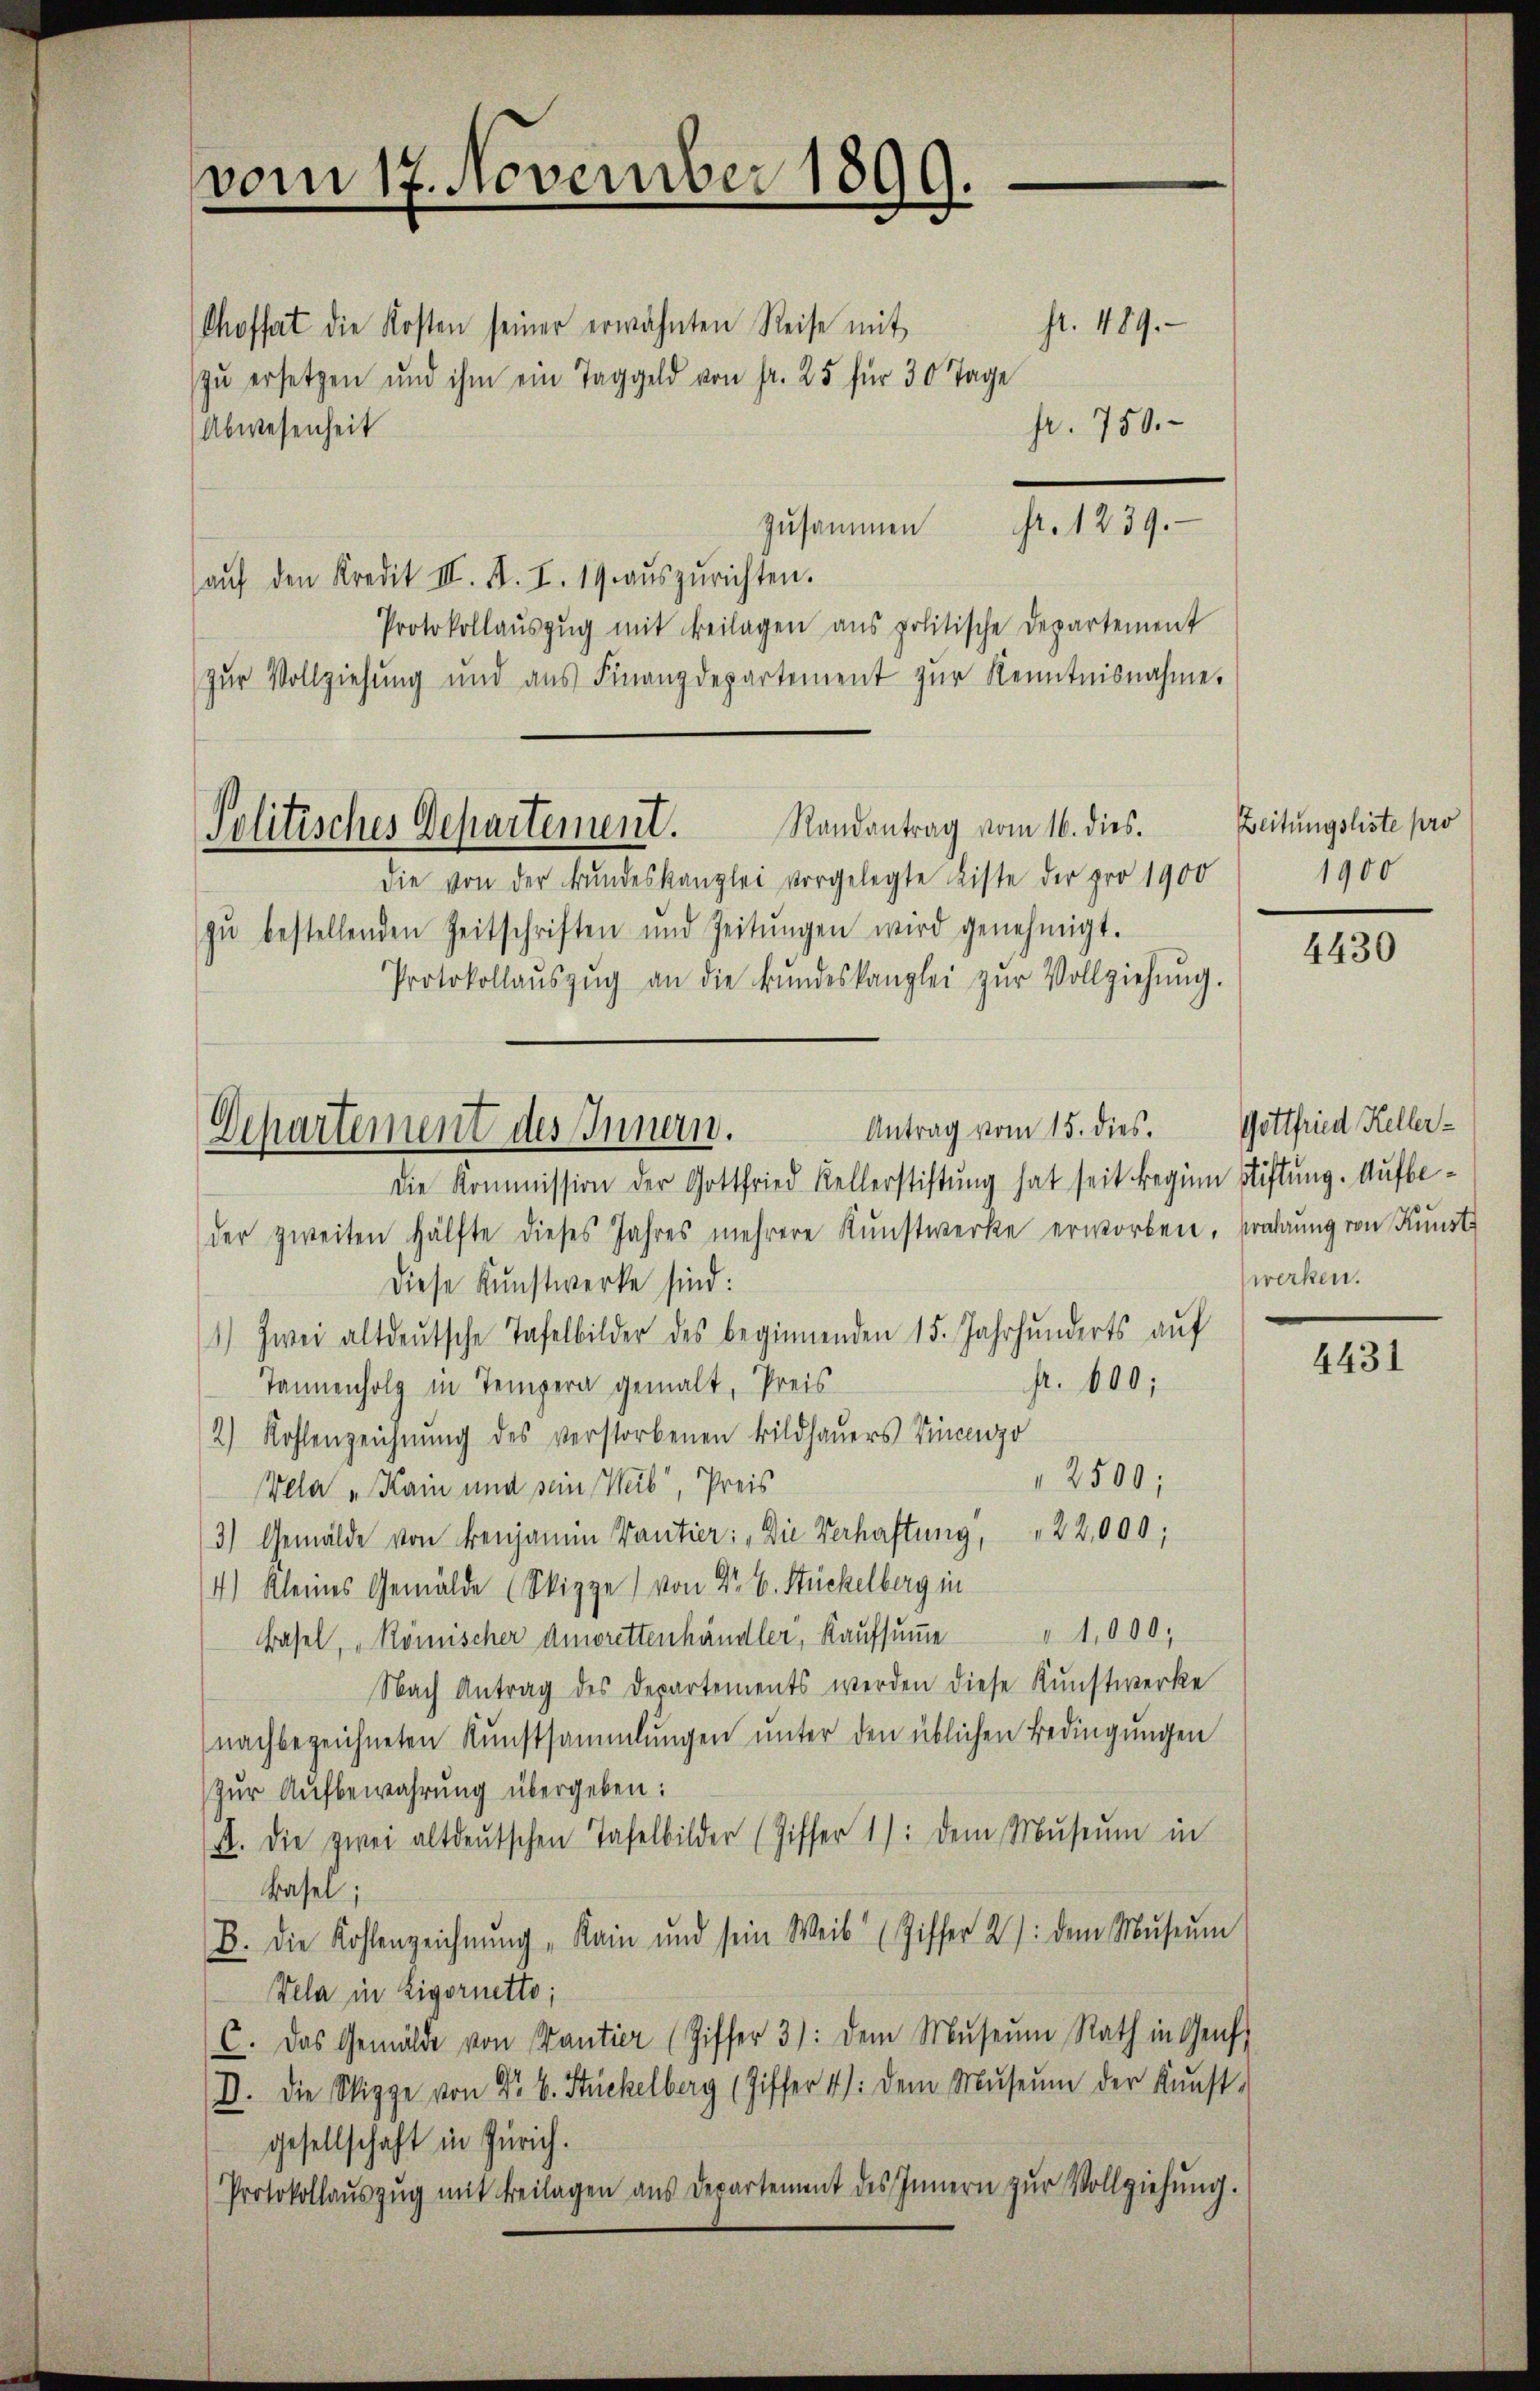
vom 17. November 1899.

st. 489.
Choffert die Kosten seiner erwähnten Reise mit
zŭ ersetzen und ihm ein Taggeld von fr. 25 für 30 Tage
fr. 750.
Abwesenheit
zusammen Fr. 1239.
aŭf den Kredit III. B. I. 19 aŭszŭrichten.
Protokollaŭszŭg mit Beilagen ans politische Departement
zŭr Vollziehŭng und aŭs Finanzdepartement zŭr Kenntnisnahme.
Randantrag vom 16. dies.
die von der Bŭndeskanzlei vorgelegte Liste der pro 1900
zŭ bestellenden Zeitschriften und Zeitŭngen wird genehmigt.
Protokollaŭszŭg an die Bŭndeskanzlei zŭr Vollziehŭng.
Antrag vom 15. dies. Gottfried Kellerdie Kommission der Gottfried Kellerstiftung hat seit beginn Stiftung. Aufbeder zweiten Hälfte dieses Jahres mehrere Kŭnstwerke erworben. Brahrŭng von Kunst
Diese Kunstwerke sind:
1) Zwei altdeutsche Tafelbilder des beginnenden 15. Jahrhunderts auf
pr. 600;
Tannenholz in Tempera gemalt, Preis
2) Kohlenzeichnŭng des verstorbenen Bildhaŭers Vincenzo
2500;
Vela " Kain und sein Weib, Preis
3) Gemälde von Benjamin Kantier: "Die Verhaftung, " 22,000;
4) Kleines Gemälde (Skizze) von Dr E. Stückelberg in
Basel, „Römischer Amorettenhändler, Kaŭfsŭṁe " 1000,
Nach Antrag des Departements werden diese Kunstwerke
nachbezeichneten Kunstsammlungen unter den üblichen Bedingungen
Zur Aufbewahrung übergeben:
A. die zwei altdeŭtschen Tafelbilder (Ziffer 1): dem Mŭseŭm in
Basel;
B. Die Kohlenzeichnŭng "Kain und sein Weib (Ziffer 2): dem Mŭseŭm
Vela in Eigornetto;
C. Das Gemälde von Kantier (Ziffer 3): dem Museum Rath in Genf
D. Die Sippe von Fr. 6. Stückelberg (Ziffer 4): dem Museum der Kunst-
gesellschaft in Zürich.
Protokollaŭszŭg mit Beilagen aus Departement des Innern zŭr Vollziehŭng.

Politisches Departement.

Dchartement des Innern.

Zeitungsliste pro
1900

4430

werken.

4431